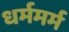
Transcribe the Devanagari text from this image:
धर्ममर्म